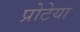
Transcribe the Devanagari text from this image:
प्रोटेया